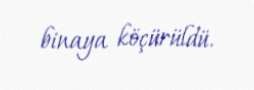
binaya köçürüldü.